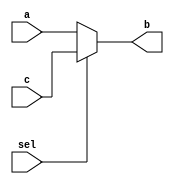
module mux(input a,c,sel,
	output reg b);
always@(*) begin
	if(sel==0)
	begin
		b=a;
	end
	else 
	begin
		b=c;
	end
end
endmodule